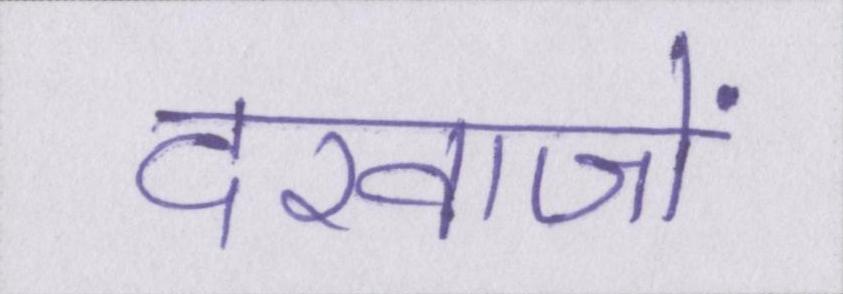
दरवाजों